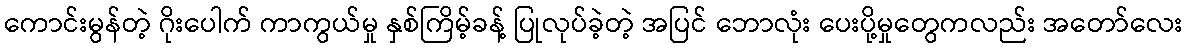
ကောင်းမွန်တဲ့ ဂိုးပေါက် ကာကွယ်မှု နှစ်ကြိမ့်ခန့် ပြုလုပ်ခဲ့တဲ့ အပြင် ဘောလုံး ပေးပို့မှုတွေကလည်း အတော်လေး